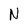
Character: N